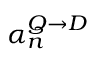
\alpha _ { n } ^ { Q \rightarrow D }